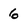
Character: 6